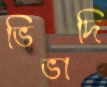
ভিভাদি